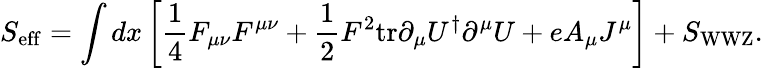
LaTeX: S_{\mathrm{eff}}=\int dx\left[{\frac{1}{4}}F_{\mu\nu}F^{\mu\nu}+{\frac{1}{2}}F^{2}\mathrm{tr}\partial_{\mu}U^{\dagger}\partial^{\mu}U+eA_{\mu}J^{\mu}\right]+S_{\mathrm{WWZ}}.